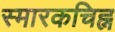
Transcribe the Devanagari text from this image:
स्मारकचिह्न